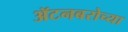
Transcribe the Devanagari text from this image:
ॲटनबरोच्या